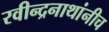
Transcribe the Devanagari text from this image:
रवीन्द्रनाथांनीच